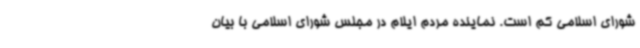
شورای اسلامی کم است. نماینده مردم ایلام در مجلس شورای اسلامی با بیان